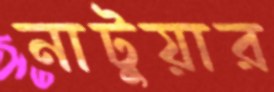
নাটুয়ার